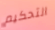
التحكيم